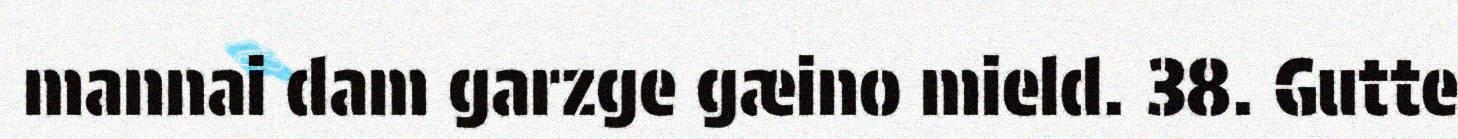
mannai dam garzge gæino mield. 38. Gutte